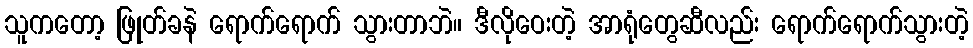
သူကတော့ ဖြုတ်ခနဲ ရောက်ရောက် သွားတာဘဲ။ ဒီလိုဝေးတဲ့ အာရုံတွေဆီလည်း ရောက်ရောက်သွားတဲ့